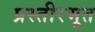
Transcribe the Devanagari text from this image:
प्रस्तीरभूत